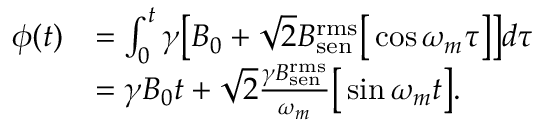
\begin{array} { r l } { \phi ( t ) } & { = \int _ { 0 } ^ { t } \gamma \big [ B _ { 0 } + \sqrt { 2 } B _ { \mathrm { s e n } } ^ { \mathrm { r m s } } \big [ \cos \omega _ { m } \tau \big ] \big ] d \tau } \\ & { = \gamma B _ { 0 } t + \sqrt { 2 } \frac { \gamma B _ { \mathrm { s e n } } ^ { \mathrm { r m s } } } { \omega _ { m } } \big [ \sin \omega _ { m } t \big ] . } \end{array}